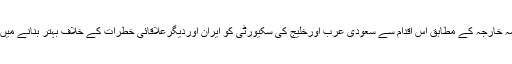
امریکی محکمہ خارجہ کے مطابق اس اقدام سے سعودی عرب اورخلیج کی سکیورٹی کو ایران اوردیگرعلاقائی خطرات کے خلاف بہتر بنانے میں مدد ملے گی۔